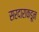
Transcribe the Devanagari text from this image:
सरदाराकडून